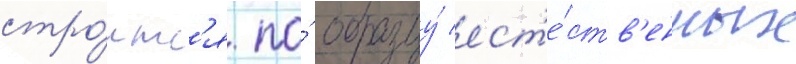
стро́итс'я по́ образцу́ ест'е́ств'енных